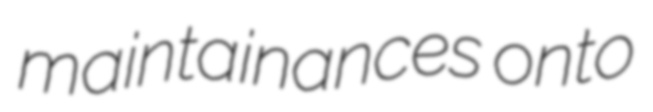
maintainances onto